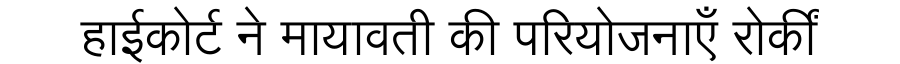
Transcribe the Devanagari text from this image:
हाईकोर्ट ने मायावती की परियोजनाएँ रोकीं